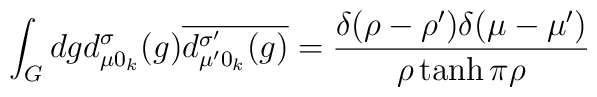
\int_G dg d^\sigma_{\mu0_k}(g)\overline{d^{\sigma '}_{\mu '0_k}(g)}=\frac{\delta(\rho-\rho ')\delta (\mu -\mu')}{\rho\tanh\pi\rho}